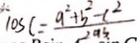
\cos C = \frac { a ^ { 2 } + b ^ { 2 } - c ^ { 2 } } { 2 a b . }